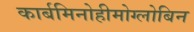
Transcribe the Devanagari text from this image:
कार्बमिनोहीमोग्लोबिन